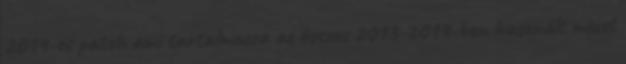
2014-es patch ami tartalmazza az összes 2013-2014-ben használt mezet